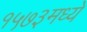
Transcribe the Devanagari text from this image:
१५७३मध्ये